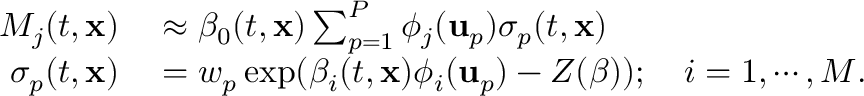
\begin{array} { r l } { M _ { j } ( t , \mathbf { x } ) } & { { } \approx \beta _ { 0 } ( t , \mathbf { x } ) \sum _ { p = 1 } ^ { P } \phi _ { j } ( \mathbf { u } _ { p } ) \sigma _ { p } ( t , \mathbf { x } ) } \\ { \sigma _ { p } ( t , \mathbf { x } ) } & { { } = w _ { p } \exp ( \beta _ { i } ( t , \mathbf { x } ) \phi _ { i } ( \mathbf { u } _ { p } ) - Z ( \boldsymbol { \beta } ) ) ; \quad i = 1 , \cdots , M . } \end{array}